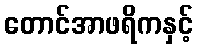
တောင်အာဖရိကနှင့်